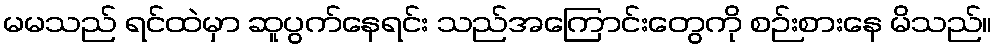
မမသည် ရင်ထဲမှာ ဆူပွက်နေရင်း သည်အကြောင်းတွေကို စဉ်းစားနေ မိသည်။